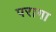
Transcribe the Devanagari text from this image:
परागा